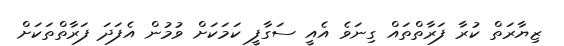
ޒިޔާރަތް ކުރާ ފަރާތްތައް ގިނަވެ އެއީ ސަގާފީ ކަމަކަށް ވުމުން އެފަދަ ފަރާތްތަކަށް